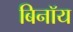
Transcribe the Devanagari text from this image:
बिनॉय